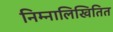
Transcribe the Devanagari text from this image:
निम्नालिखितित